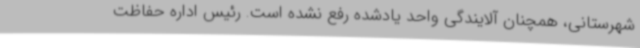
شهرستانی، همچنان آلایندگی واحد یادشده رفع نشده است. رئیس اداره حفاظت